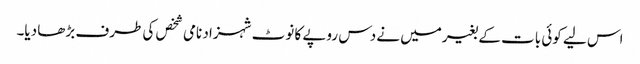
اس لیے کوئی بات کے بغیرمیں نے دس روپے کا نوٹ شہزاد نامی شخص کی طرف بڑھا دیا۔